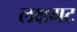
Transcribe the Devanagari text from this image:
लक्षगट